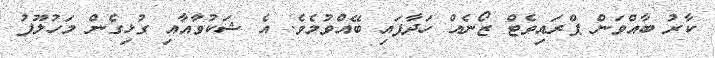
ކާރު ބާއްވަން ޕްރައިވެޓް ޒޯނެއް ހަދާފައި ބޭއްވުމެވެ. އެ ޝަކުވާއާއި ގުޅިގެން މަހުލޫފު